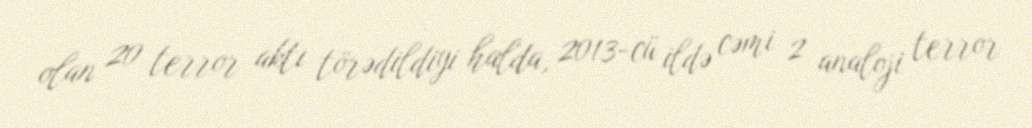
olan 20 terror aktı törədildiyi halda, 2013-cü ildə cəmi 2 analoji terror